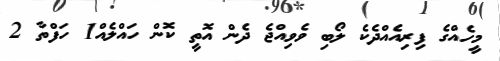
މީހެއްގެ ފިރިއެއްދެކެ ލޯބި ވެވިއްޖެ ދެން އޮތީ ކޮން ހައްލެއް1 ހަފްތާ 2